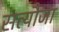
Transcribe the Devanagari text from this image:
सत्यौजा